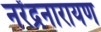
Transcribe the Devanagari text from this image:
नरेंद्रनारायण